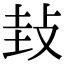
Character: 㪈